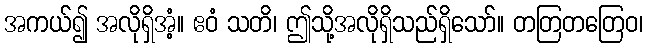
အကယ်၍ အလိုရှိအံ့။ ဧဝံ သတိ၊ ဤသို့အလိုရှိသည်ရှိသော်။ တတြတတြေဝ၊